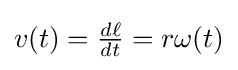
\textstyle v(t)={\frac {d\ell }{dt}}=r\omega (t)